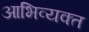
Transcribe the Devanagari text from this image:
आभिव्यक्त